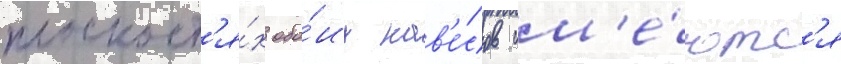
плоскост'я́х обо́их нав'е́сов им'е́ютс'я